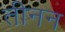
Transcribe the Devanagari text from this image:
तीनन